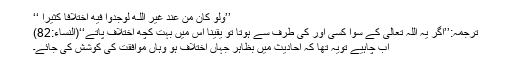
’’وَلَوْ كَانَ مِنْ عِندِ غَيْرِ‌ اللَّـهِ لَوَجَدُوا فِيهِ اخْتِلَافًا كَثِيرً‌ا ‘‘
ترجمہ:’’اگر یہ اللہ تعالیٰ کے سوا کسی اور کی طرف سے ہوتا تو یقیناً اس میں بہت کچھ اختلاف پاتے‘‘(النساء:82)
اب چاہیے تویہ تھا کہ احادیث میں بظاہر جہاں اختلاف ہو وہاں موافقت کی کوشش کی جائے۔